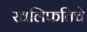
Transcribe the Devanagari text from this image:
खलिफतिचे